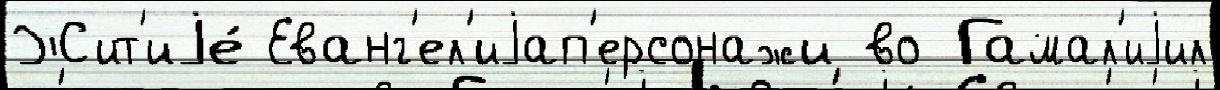
Жит'иjе́ Еванг'ел'иjап'ерсонажи во Гамал'иjил